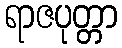
ရာဇပုတ္တာ